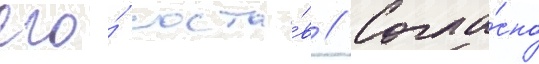
его́ соста́в // Согла́сно